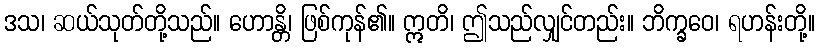
ဒသ၊ ဆယ်သုတ်တို့သည်။ ဟောန္တိ၊ ဖြစ်ကုန်၏။ ဣတိ၊ ဤသည်လျှင်တည်း။ ဘိက္ခဝေ၊ ရဟန်းတို့။